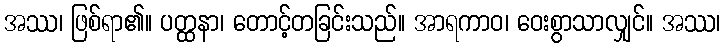
အဿ၊ ဖြစ်ရာ၏။ ပတ္ထနာ၊ တောင့်တခြင်းသည်။ အာရကာဝ၊ ဝေးစွာသာလျှင်။ အဿ၊